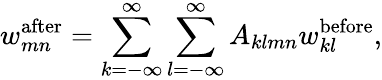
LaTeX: w_{mn}^{\mathrm{after}}=\sum_{k=-\infty}^{\infty}\sum_{l=-\infty}^{\infty}A_{klmn}w_{kl}^{\mathrm{before}},